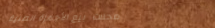
محلات بيع الأجهزة الطبية